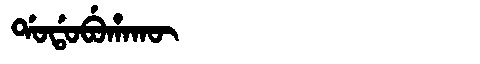
Manchu: ᡩᠣᡩᠣᠪᡠᡥᠠᡴᡡ
Romanization: DODOBUHAKŪ